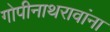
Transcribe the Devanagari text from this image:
गोपीनाथरावांना